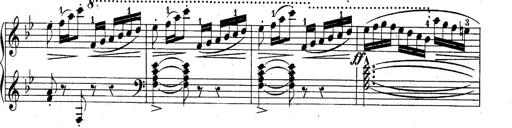
Title: 10 Sonatines progressives
Composer: Anton Schmoll